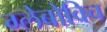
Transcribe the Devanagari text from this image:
ग्लेबोविच